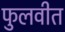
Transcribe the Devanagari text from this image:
फुलवीत